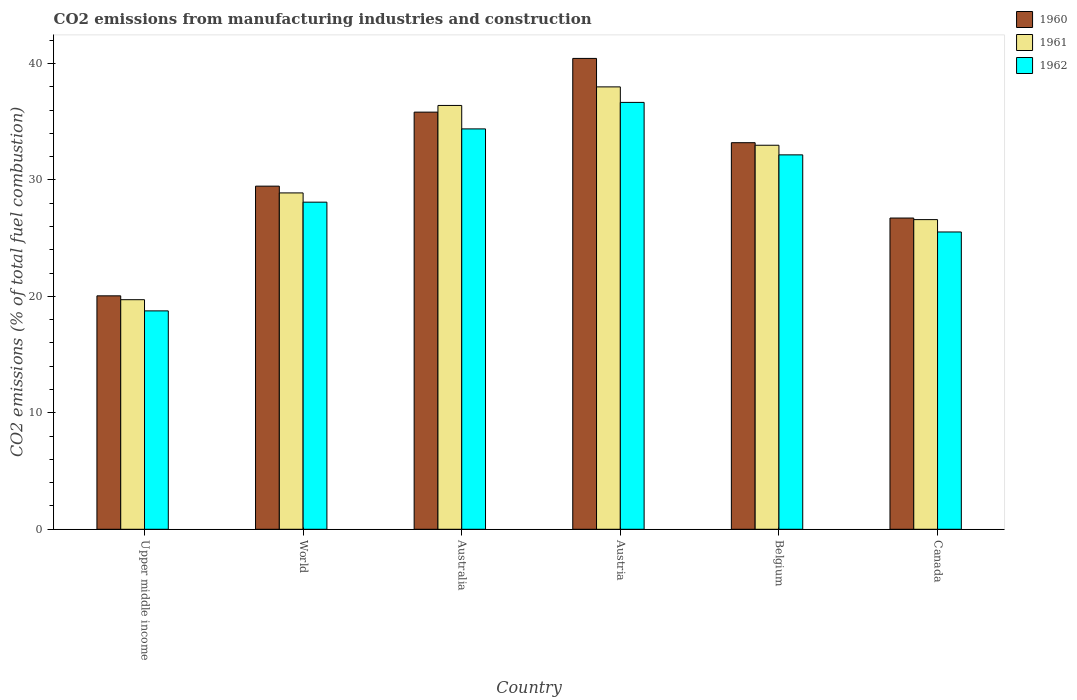
| Country | 1960 | 1961 | 1962 |
 | --- | --- | --- | --- |
 | Upper middle income | 20 | 19.7 | 18.8 |
 | World | 29.5 | 28.9 | 28.1 |
 | Australia | 35.8 | 36.4 | 34.4 |
 | Austria | 40.4 | 38 | 36.7 |
 | Belgium | 33.2 | 33 | 32.2 |
 | Canada | 26.7 | 26.6 | 25.5 |